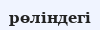
рөліндегі